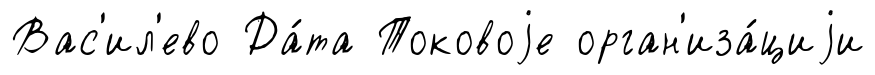
Вас'ил'ево Да́та Токовоjе орган'иза́циjи